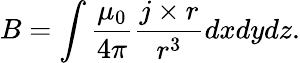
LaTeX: B=\int\frac{\mu_{0}}{4\pi}\frac{j\times r}{r^{3}}dxdydz.